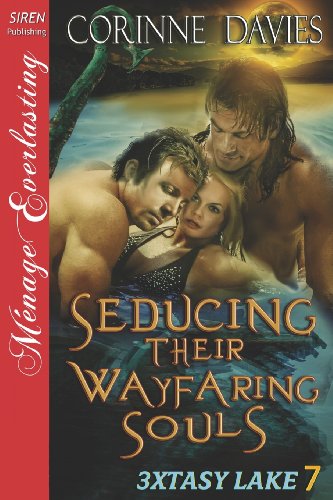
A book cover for Seducing Their Wayfaring Souls [3xtasy Lake 7] (Siren Publishing Menage Everlasting) (3xtasy Lake, Siren Publishing Menage Everlasting); Corinne Davies; Romance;